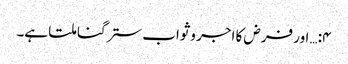
۴:… اور فرض کا اجر وثواب ستر گنا ملتا ہے۔